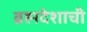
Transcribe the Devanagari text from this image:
ब्रह्मदेशाची